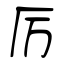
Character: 厉